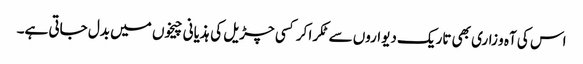
اس کی آہ و زاری بھی تاریک دیواروں سے ٹکرا کر کسی چڑیل کی ہذیانی چیخوں میں بدل جاتی ہے۔